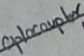
Text: Optocoupler